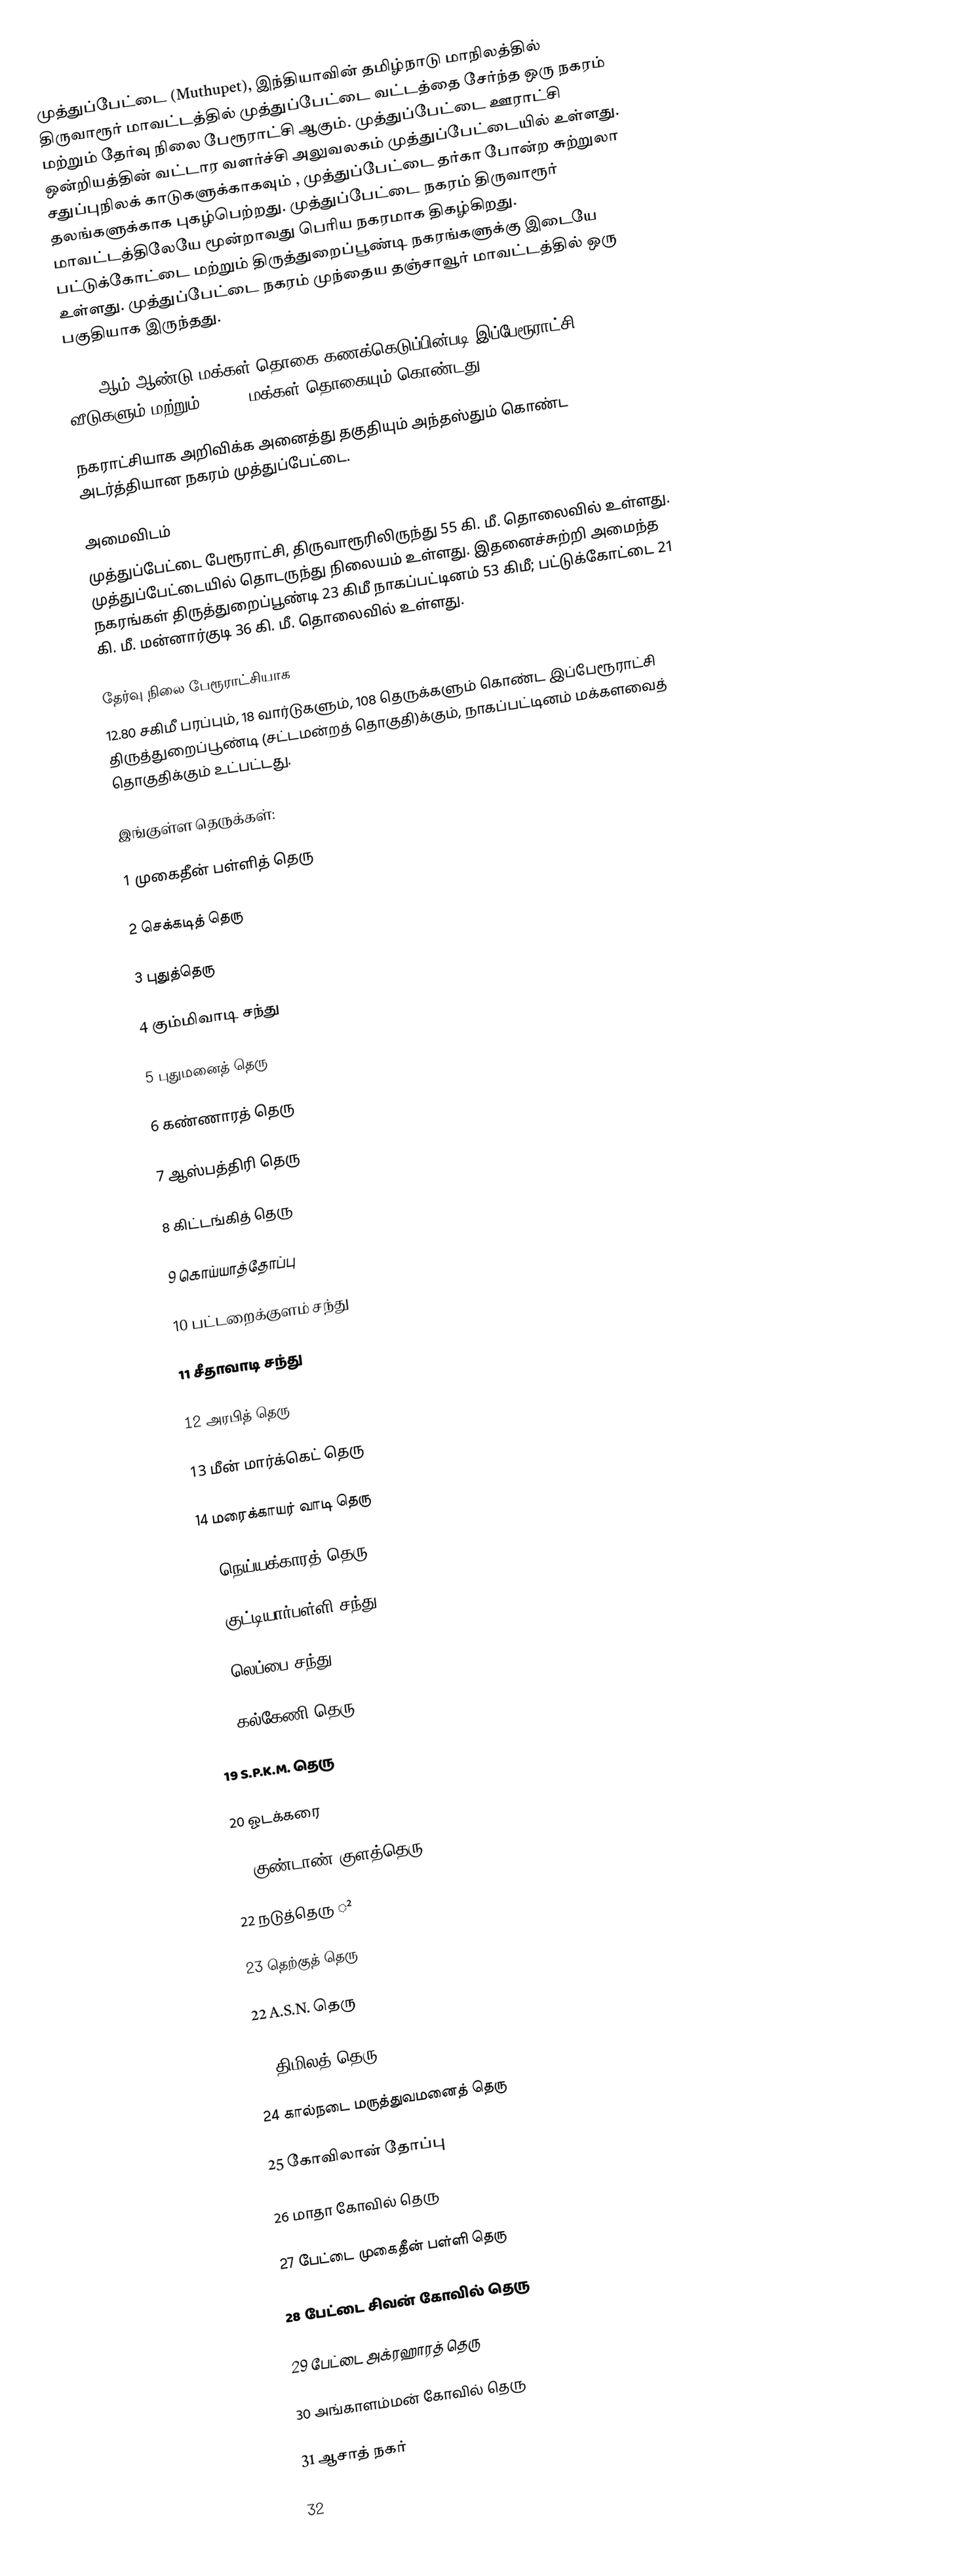
முத்துப்பேட்டை (Muthupet), இந்தியாவின்  தமிழ்நாடு மாநிலத்தில் திருவாரூர் மாவட்டத்தில் முத்துப்பேட்டை வட்டத்தை சேர்ந்த ஒரு நகரம் மற்றும் தேர்வு நிலை பேரூராட்சி ஆகும். முத்துப்பேட்டை ஊராட்சி ஒன்றியத்தின் வட்டார வளர்ச்சி அலுவலகம் முத்துப்பேட்டையில் உள்ளது. சதுப்புநிலக் காடுகளுக்காகவும் , முத்துப்பேட்டை தர்கா போன்ற சுற்றுலா தலங்களுக்காக புகழ்பெற்றது. முத்துப்பேட்டை நகரம் திருவாரூர் மாவட்டத்திலேயே  மூன்றாவது பெரிய நகரமாக திகழ்கிறது. பட்டுக்கோட்டை மற்றும் திருத்துறைப்பூண்டி நகரங்களுக்கு இடையே உள்ளது. முத்துப்பேட்டை நகரம் முந்தைய தஞ்சாவூர் மாவட்டத்தில் ஒரு பகுதியாக இருந்தது.

2011-ஆம் ஆண்டு மக்கள் தொகை கணக்கெடுப்பின்படி இப்பேரூராட்சி 7,102 வீடுகளும் மற்றும் 41,722 மக்கள் தொகையும் கொண்டது.

நகராட்சியாக அறிவிக்க அனைத்து தகுதியும் அந்தஸ்தும் கொண்ட அடர்த்தியான நகரம் முத்துப்பேட்டை.

அமைவிடம்
முத்துப்பேட்டை பேரூராட்சி, திருவாரூரிலிருந்து 55 கி. மீ. தொலைவில் உள்ளது. முத்துப்பேட்டையில்  தொடருந்து நிலையம்  உள்ளது. இதனைச்சுற்றி அமைந்த நகரங்கள் திருத்துறைப்பூண்டி 23 கிமீ நாகப்பட்டினம் 53 கிமீ; பட்டுக்கோட்டை 21 கி. மீ. மன்னார்குடி 36 கி. மீ. தொலைவில் உள்ளது.

தேர்வு நிலை பேரூராட்சியாக
12.80   சகிமீ பரப்பும், 18 வார்டுகளும், 108  தெருக்களும்  கொண்ட இப்பேரூராட்சி  திருத்துறைப்பூண்டி (சட்டமன்றத் தொகுதி)க்கும், நாகப்பட்டினம் மக்களவைத் தொகுதிக்கும் உட்பட்டது.

இங்குள்ள தெருக்கள்:

1 முகைதீன் பள்ளித் தெரு

2 செக்கடித் தெரு

3 புதுத்தெரு

4 கும்மிவாடி சந்து

5 புதுமனைத் தெரு

6 கண்ணாரத் தெரு

7 ஆஸ்பத்திரி தெரு

8 கிட்டங்கித் தெரு

9 கொய்யாத்தோப்பு

10 பட்டறைக்குளம் சந்து

11 சீதாவாடி சந்து

12 அரபித் தெரு

13 மீன் மார்க்கெட் தெரு

14 மரைக்காயர் வாடி தெரு

15 நெய்யக்காரத் தெரு

16 குட்டியார்பள்ளி சந்து

17 லெப்பை சந்து

18 கல்கேணி தெரு

19 S.P.K.M. தெரு

20 ஓடக்கரை

21 குண்டாண் குளத்தெரு

22 நடுத்தெரு ²

23 தெற்குத் தெரு

22 A.S.N. தெரு

23 திமிலத் தெரு

24 கால்நடை மருத்துவமனைத் தெரு

25 கோவிலான் தோப்பு

26 மாதா கோவில் தெரு

27 பேட்டை முகைதீன் பள்ளி தெரு

28 பேட்டை சிவன் கோவில் தெரு

29 பேட்டை அக்ரஹாரத் தெரு

30 அங்காளம்மன் கோவில் தெரு

31 ஆசாத் நகர்

32